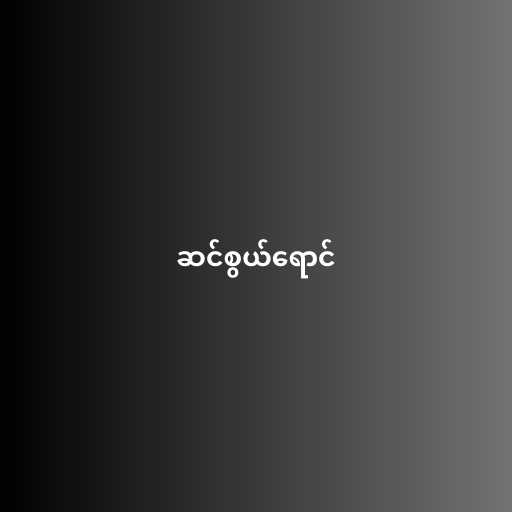
ဆင်စွယ်ရောင်